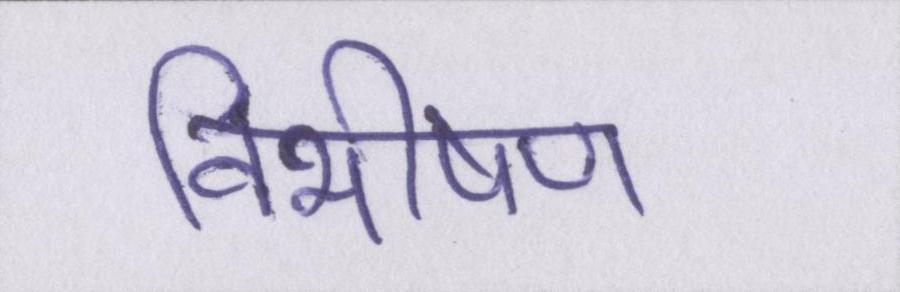
विभीषण